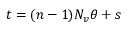
t = ( n - 1 ) N _ { v } \theta + s